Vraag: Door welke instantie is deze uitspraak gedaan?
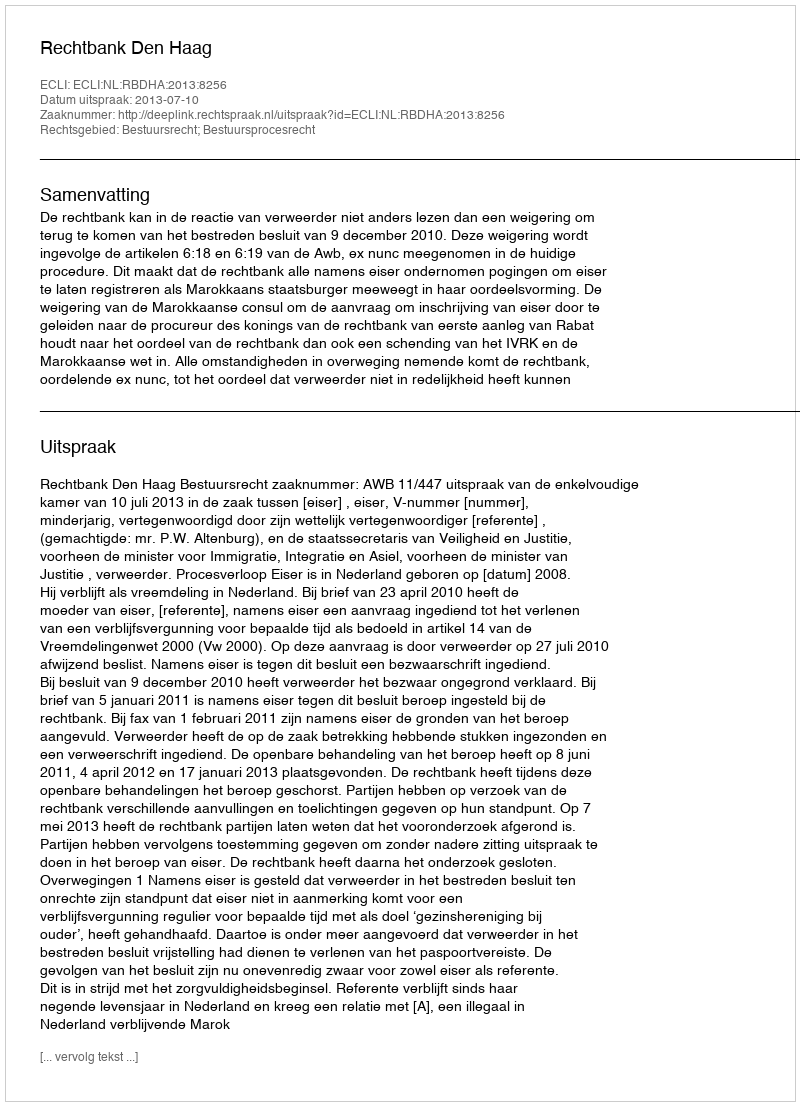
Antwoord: Rechtbank Den Haag